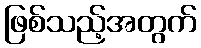
ဖြစ်သည့်အတွက်